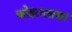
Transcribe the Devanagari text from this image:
कोइरालाका